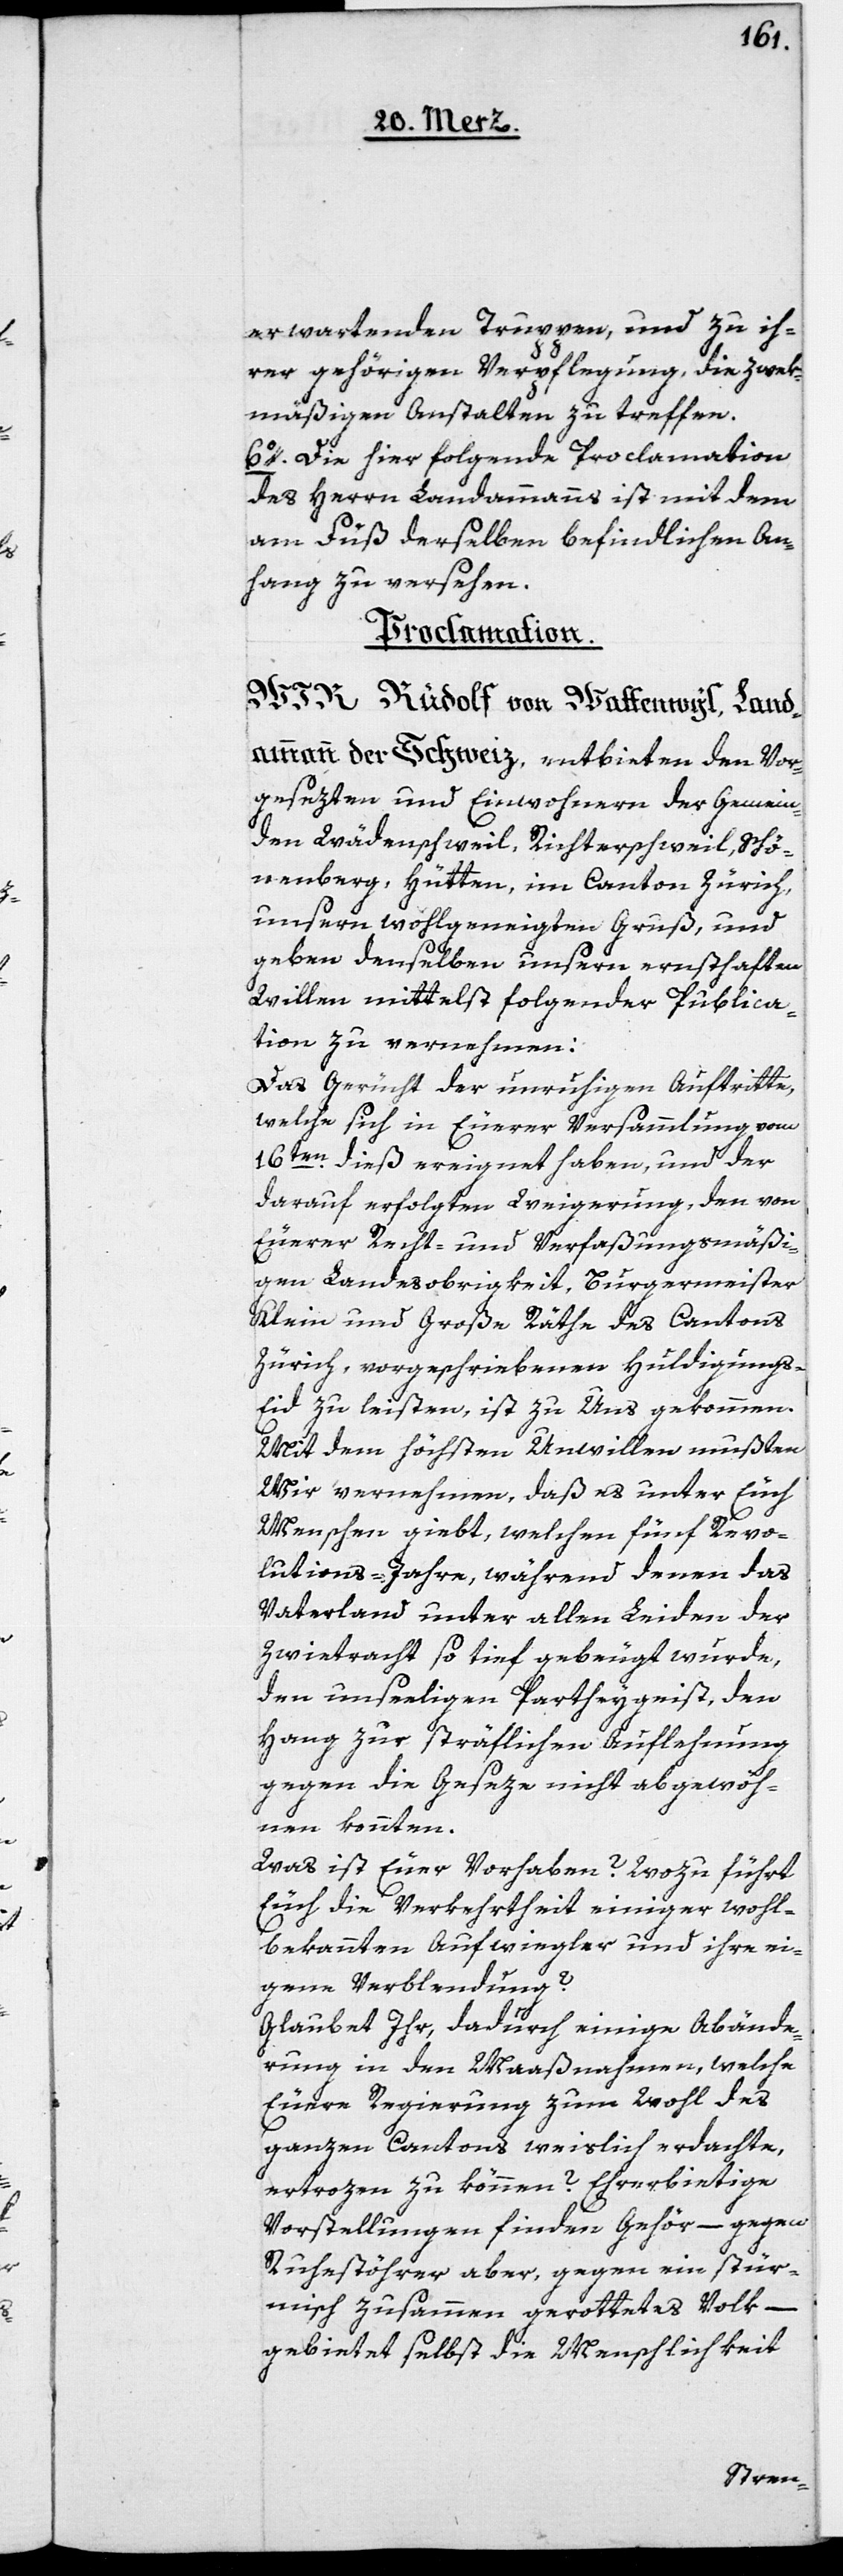
erwartenden Truppen, und zu ih¬
rer gehörigen Verpflegung, die zwek¬
mäßigen Anstalten zu treffen.
6o. Die hier folgende Proclamation
des Herrn Landammanns ist mit dem
am Fuß derselben befindlichen An¬
hang zu versehen.
Proclamation.
Wir Rudolf von Wattenwyl, Land¬
ammann der Schweiz, entbieten den Vor¬
gesezten und Einwohnern der Gemein¬
den Wädenschweil, Richterschweil, Schö¬
nenberg, Hütten, im Canton Zürich,
unsern wohlgemeinten Gruß, und
geben denselben unsern ernsthaften
Willen mittelst folgender Pubilca¬
tion zu vernehmen:
Das Gerücht der unruhigen Auftritte,
welche sich in Euerer Versammlung vom
16ten dieß ereignet haben, und der
darauf erfolgten Weigerung, den von
Euerer Recht- und Verfaßungsmäßi¬
gen Landesobrigkeit, Burgermeister,
Klein und Große Räthe des Cantons
Zürich, vorgeschriebenen Huldigungs-E¬
id zu leisten, ist zu Uns gekommen.
Mit dem höchsten Unwillen mußten
Wir vernehmen, daß es unter Euch
Menschen giebt, welchen fünf Revo¬
lutions-Jahre, während denen das
Vaterland unter allen Leiden der
Zwietracht so tief gebeugt wurde,
den unseeligen Partheygeist, den
Hang zur sträflichen Auflehnung
gegen die Geseze nicht abgewöh¬
nen konnten.
Was ist Euer Vorhaben? Wozu führt
Euch die Verkehrtheit einiger wohl¬
bekannten Aufwiegler und ihre ei¬
gene Verblendung?
Glaubet Ihr, dadurch einige Abände¬
rung in den Maaßnahmen, welche
Euere Regierung zum Wohl des
ganzen Cantons weislich erdachte,
ertrozen zu können? Ehrerbietige
Vorstellungen finden Gehör, – gegen
Ruhestöhrer aber, gegen ein stür¬
misch zusammen gerottetes Volk,
gebietet selbst die Menschlichkeit